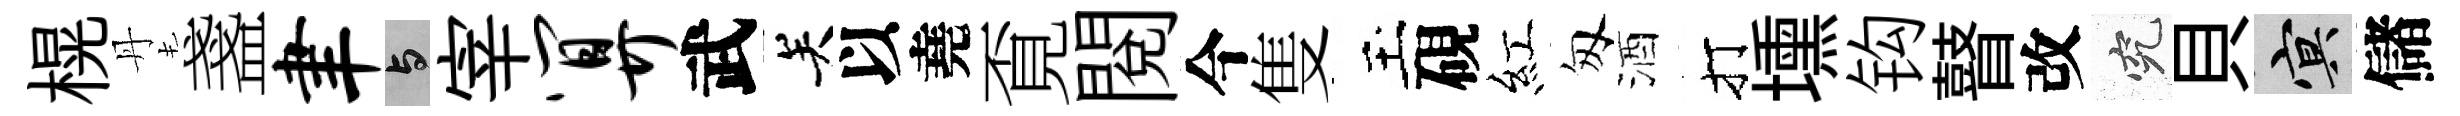
榥丹盞聿与宰算武关以堯覔閲今隻玉硯紅匆酒打壎钩瞽改究貝冥儲